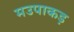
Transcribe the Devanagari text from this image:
मउपाकड़